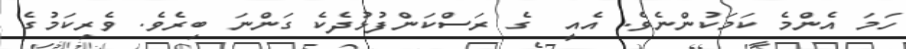
ހަމަ އެންމެ ކަމަކުންނެވެ. އެއީ  ގެ ރަސްކަންފުޅުދެކެ ގަންނަ ބިރެވެ. ވެރިކަމުގެ